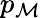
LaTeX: p_{\mathcal{M}}